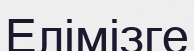
Елімізге